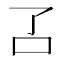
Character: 叾